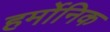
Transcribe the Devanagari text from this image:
हर्मोनिक